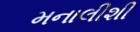
મનાલીશી